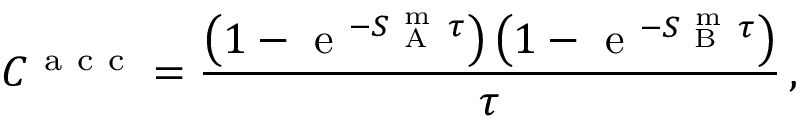
C ^ { \mathrm { ~ a ~ c ~ c ~ } } = \frac { \left( 1 - \mathrm { ~ e ~ } ^ { - S _ { \mathrm { ~ A ~ } } ^ { \mathrm { ~ m ~ } } \tau } \right) \left( 1 - \mathrm { ~ e ~ } ^ { - S _ { \mathrm { ~ B ~ } } ^ { \mathrm { ~ m ~ } } \tau } \right) } { \tau } \, ,